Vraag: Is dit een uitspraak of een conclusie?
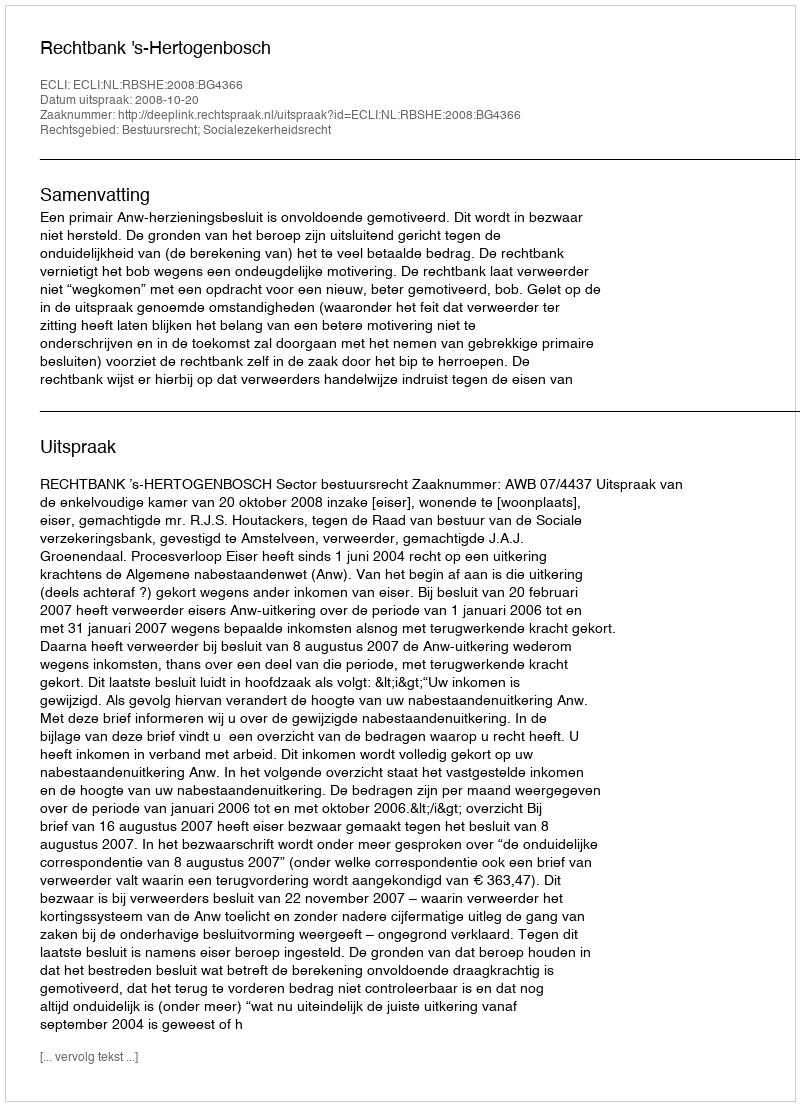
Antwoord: Uitspraak